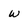
Character: w